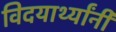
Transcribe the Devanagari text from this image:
विदयार्थ्‍यांनी